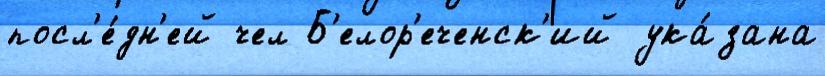
посл'е́дн'ей чел Б'елор'еченск'ий ука́зана